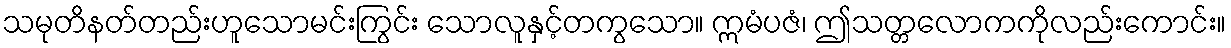
သမုတိနတ်တည်းဟူသောမင်းကြွင်း သောလူနှင့်တကွသော။ ဣမံပဇံ၊ ဤသတ္တလောကကိုလည်းကောင်း။